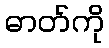
ဓာတ်ကို